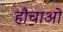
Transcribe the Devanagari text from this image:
हौचाओ